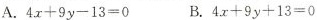
A. $$4 x + 9 y - 1 3 = 0$$ B.$$4 x + 9 y + 1 3 = 0$$